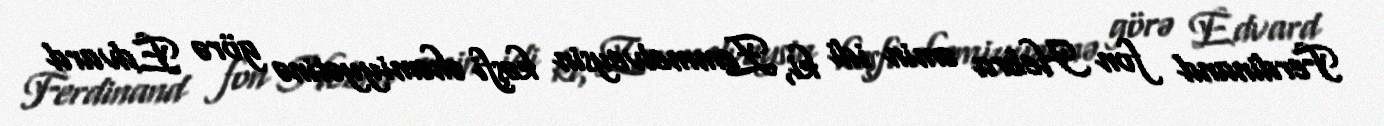
Ferdinand fon Hebra əmin idi ki, Zemmelveysin kəşfi əhəmiyyətinə görə Edvard